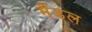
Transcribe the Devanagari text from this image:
मैंडल